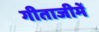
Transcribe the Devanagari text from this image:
गीताजीमें